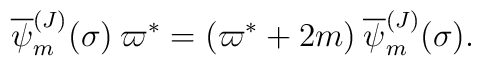
{\overline \psi_m^{(J)}}(\sigma)\>\varpi^*=(\varpi^*+2m)\>{\overline \psi_m^{(J)}}(\sigma).